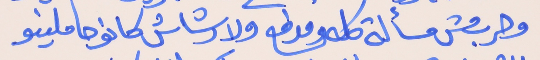
وحرب مش مسألة كله ومدفع     ولا رشاش كانو حاملينو